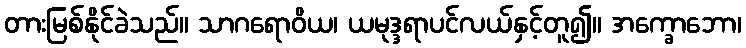
တားမြစ်နိုင်ခဲသည်။ သာဂရောဝိယ၊ ယမုဒ္ဒရာပင်လယ်နှင့်တူ၍။ အက္ခောဘော၊